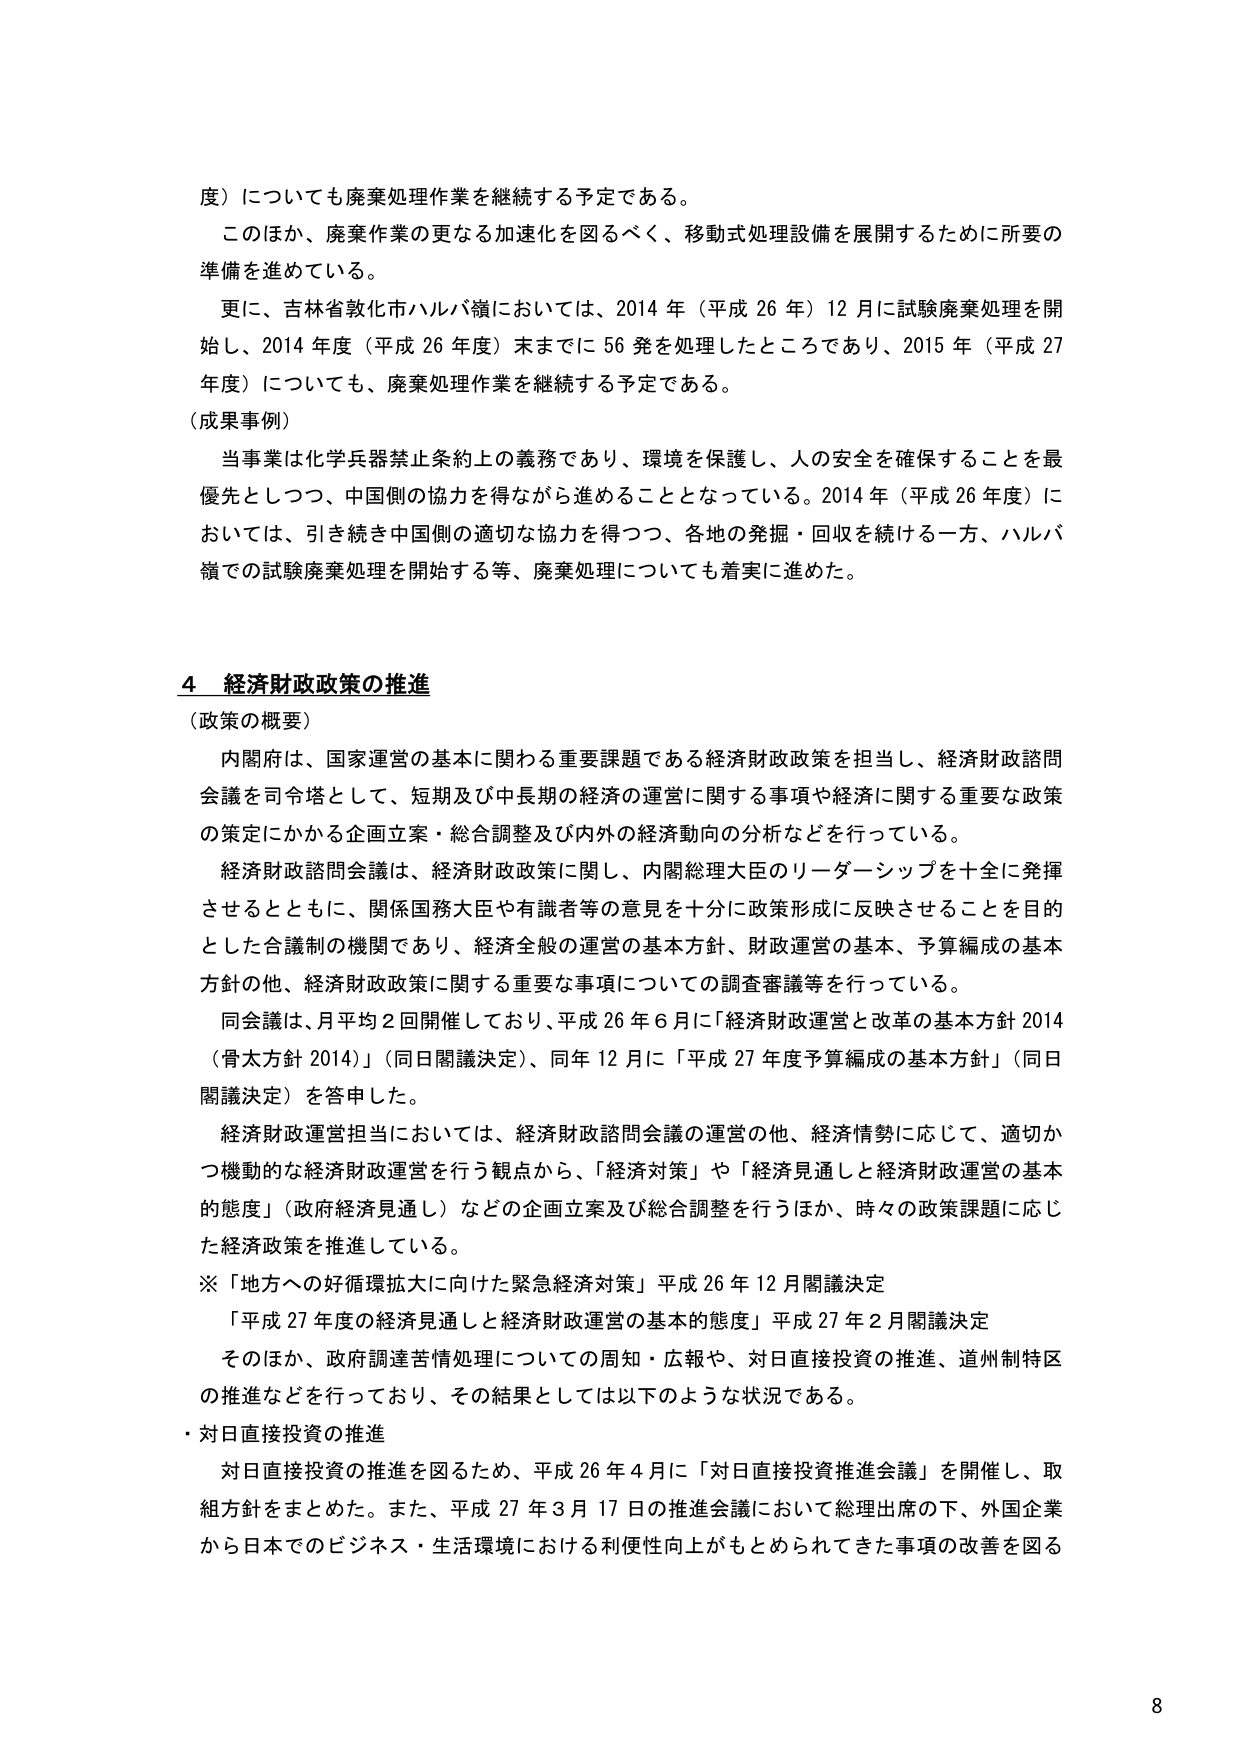
度）についても廃棄処理作業を継続する予定である。

このほか、廃棄作業の更なる加速化を図るべく、移動式処理設備を展開するために所要の準備を進めている。

更に、吉林省敦化市ハルバ嶺においては、2014年（平成26年）12月に試験廃棄処理を開始し、2014年度（平成26年度）末までに56発を処理したところであり、2015年（平成27年度）についても、廃棄処理作業を継続する予定である。

（成果事例）

当事業は化学兵器禁止条約上の義務であり、環境を保護し、人の安全を確保することを最優先としつつ、中国側の協力を得ながら進めることとなっている。2014年（平成26年度）においては、引き続き中国側の適切な協力を得つつ、各地の発掘・回収を続ける一方、ハルバ嶺での試験廃棄処理を開始する等、廃棄処理についても着実に進めた。

4 経済財政政策の推進

（政策の概要）

内閣府は、国家運営の基本に関わる重要課題である経済財政政策を担当し、経済財政諮問会議を司令塔として、短期及び中長期の経済の運営に関する事項や経済に関する重要な政策の策定にかかる企画立案・総合調整及び内外の経済動向の分析などを行っている。

経済財政諮問会議は、経済財政政策に関し、内閣総理大臣のリーダーシップを十全に発揮させるとともに、関係国務大臣や有識者等の意見を十分に政策形成に反映させることを目的とした合議制の機関であり、経済全般の運営の基本方針、財政運営の基本、予算編成の基本方針の他、経済財政政策に関する重要な事項についての調査審議等を行っている。

同会議は、月平均2回開催しており、平成26年6月に「経済財政運営と改革の基本方針2014（骨太方針2014）」（同日閣議決定）、同年12月に「平成27年度予算編成の基本方針」（同日閣議決定）を答申した。

経済財政運営担当においては、経済財政諮問会議の運営の他、経済情勢に応じて、適切かつ機動的な経済財政運営を行う観点から、「経済対策」や「経済見通しと経済財政運営の基本的態度」（政府経済見通し）などの企画立案及び総合調整を行うほか、時々の政策課題に応じた経済政策を推進している。

※「地方への好循環拡大に向けた緊急経済対策」平成26年12月閣議決定

「平成27年度の経済見通しと経済財政運営の基本的態度」平成27年2月閣議決定

そのほか、政府調達苦情処理についての周知・広報や、対日直接投資の推進、道州制特区の推進などを行っており、その結果としては以下のような状況である。

・対日直接投資の推進

対日直接投資の推進を図るため、平成26年4月に「対日直接投資推進会議」を開催し、取組方針をまとめた。また、平成27年3月17日の推進会議において総理出席の下、外国企業から日本でのビジネス・生活環境における利便性向上がもとめられてきた事項の改善を図る

8